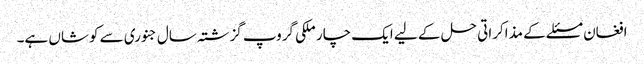
افغان مسئلے کے مذاکراتی حل کے لیے ایک چار ملکی گروپ گزشتہ سال جنوری سے کوشاں ہے۔